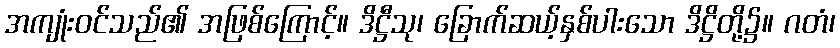
အကျုံးဝင်သည်၏ အဖြစ်ကြောင့်။ ဒိဋ္ဌီသု၊ ခြောက်ဆယ့်နှစ်ပါးသော ဒိဋ္ဌိတို့၌။ ဂတံ၊